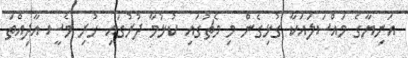
އަނިޔާގެ މައްސަލައަކާ ގުޅިގެން މި މެޗުގައި ކުޅުމާ ދުރުގައި ހުރި މެސީ އާދިއްތަ